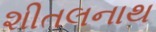
શીતલનાથ